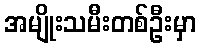
အမျိုးသမီးတစ်ဦးမှာ